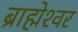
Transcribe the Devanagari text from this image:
ब्राह्मेश्‍वर